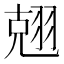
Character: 𮋃